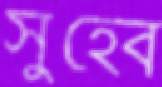
সুহেব